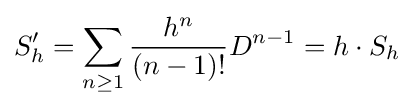
S_{h}'=\sum _{n\geq 1}{{h^{n}} \over {(n-1)!}}D^{n-1}=h\cdot S_{h}